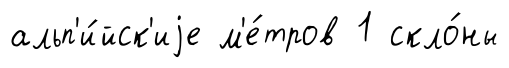
альп'и́йск'иjе м'е́тров 1 скло́ны